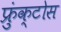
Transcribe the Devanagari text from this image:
फ्रुंक्टोस